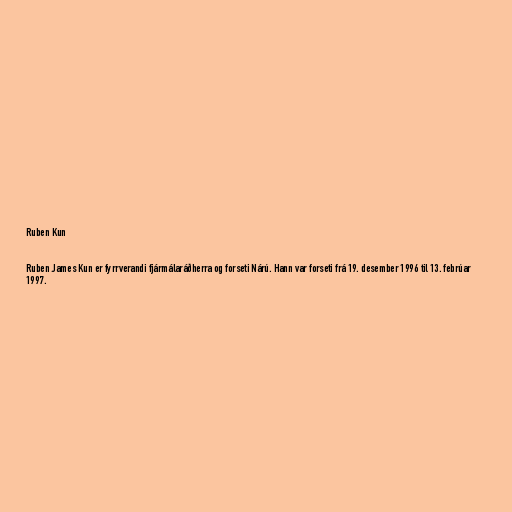
Ruben Kun

Ruben James Kun er fyrrverandi fjármálaráðherra og forseti Nárú. Hann var forseti frá 19. desember 1996 til 13. febrúar
1997.